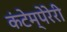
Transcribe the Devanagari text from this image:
कंटेम्पेरेरी